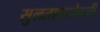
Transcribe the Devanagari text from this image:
सुलतानाऐवजी